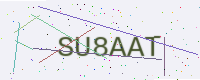
Text: SU8AAT